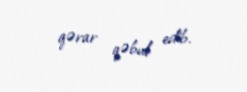
qərar qəbul edib.